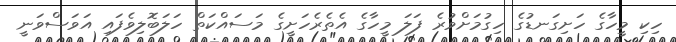
ހިކި މީހާގެ ހަށިގަނޑުގެ ހިގުމަށްވުރެ ފަލަ މީހާގެ އެތެރެހަށީގެ މަސައްކަތް ހަލަބޮލިވެފައި އަވަސްވަނީ